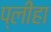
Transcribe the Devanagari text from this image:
प्‍लीहा